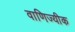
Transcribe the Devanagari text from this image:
वाणिज्यीक